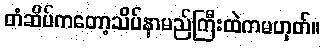
တံဆိပ်ကတော့သိပ်နာမည်ကြီးထဲကမဟုတ်။